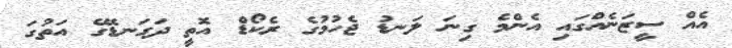
އެއް ސީޒަނެއްގައި އެންމެ ގިނަ ލަނޑު ޖެހުމުގެ ރެކޯޑް އޮތީ ދަގަނޑޭގެ އަތުގަ